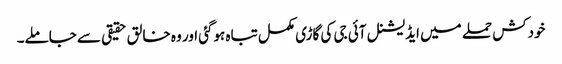
خودکش حملے میں ایڈیشنل آئی جی کی گاڑی مکمل تباہ ہوگئی اور وہ خالق حقیقی سے جاملے۔